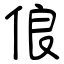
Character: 俍